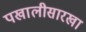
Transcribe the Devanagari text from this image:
पखालीसारखा